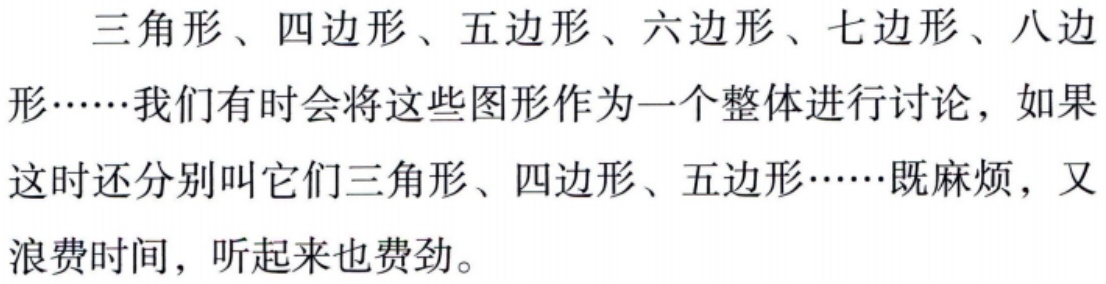
三角形、四边形、五边形、六边形、七边形、八边形……我们有时会将这些图形作为一个整体进行讨论，如果这时还分别叫它们三角形、四边形、五边形……既麻烦，又浪费时间，听起来也费劲。